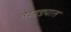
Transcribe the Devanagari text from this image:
तेव्हड्यात